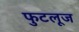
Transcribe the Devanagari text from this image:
फुटलूज